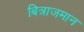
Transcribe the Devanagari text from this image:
बित्राजमान